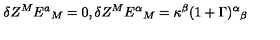
\delta Z ^ { M } E ^ { a } { } _ { M } = 0 , \delta Z ^ { M } E ^ { \alpha } { } _ { M } = \kappa ^ { \beta } ( 1 + \Gamma ) ^ { \alpha } { } _ { \beta }